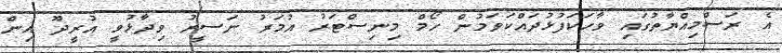
އެ ރަސްމިއްޔާތުގައި ވާހަކަފުޅުދައްކަވަމުން ހޯމް މިނިސްޓަރު އުމަރު ނަސީރު ވިދާޅުވީ އުރީދޫ އިން